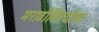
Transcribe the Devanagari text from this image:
मराठीविषयीचा